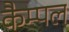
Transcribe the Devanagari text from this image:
कैम्पल